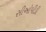
સીઓપીડી